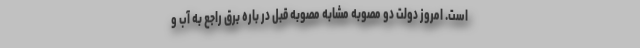
است. امروز دولت دو مصوبه مشابه مصوبه قبل در باره برق راجع به آب و